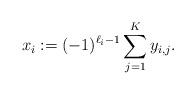
LaTeX: \begin{align*}x_i:=(-1)^{\ell_i-1}\sum_{j=1}^Ky_{i,j}.\end{align*}